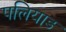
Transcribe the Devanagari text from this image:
पलियाड